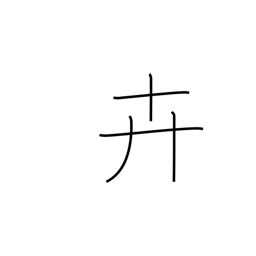
Meaning: grass